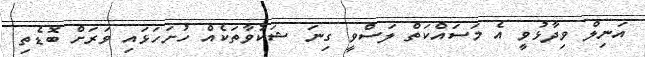
އަނިލް ވިދާޅުވީ އެ މަސައްކަތް ލަސްވީ ގިނަ ޝަކުވާތަކެއް ހުށަހަޅައި ވަރަށް ބޮޑެތި